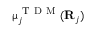
{ \boldsymbol { \upmu } } _ { j } ^ { \mathrm { ~ T ~ D ~ M ~ } } ( { \bf { R } } _ { j } )